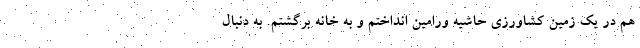
هم در یک زمین کشاورزی حاشیه ورامین انداختم و به خانه برگشتم. به دنبال